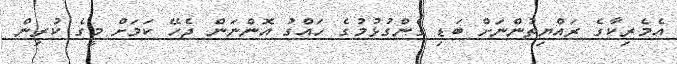
އެމެރިކާގެ ރައްޔިތުންނަށް ބަޑި ގެންގުޅުމުގެ ހައްގު އޮންނަން ޖެހޭ ކަމަށް މީގެ ކުރިން